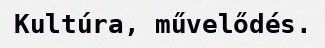
Kultúra, művelődés.